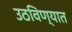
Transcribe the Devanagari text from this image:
उठविण्यात